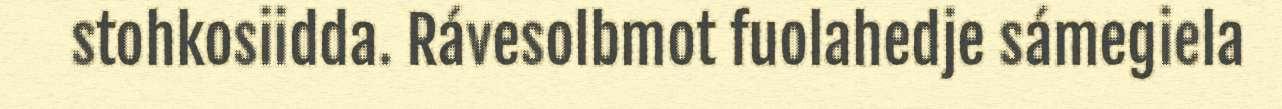
stohkosiidda. Rávesolbmot fuolahedje sámegiela